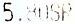
5.80SR